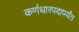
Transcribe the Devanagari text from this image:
कर्णधारपदापर्यंत